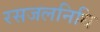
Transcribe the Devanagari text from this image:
रसजलनिधि